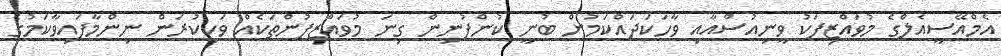
އެމްއޭސީއެލްގެ މުވައްޒިފަކު ވީނިއުސްއާއި ވާހަކަދައްކަމުން ބުނީ ކުންފުނިން ގިނަ މުވައްޒިފުންތަކެއް ވަކިކުރަން ނިންމާފައިވާކަމުގެ